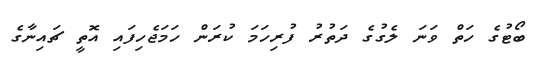
ބޯޓުގެ ހަތް ވަނަ ލެގުގެ ދަތުރު ފުރިހަމަ ކުރަން ހަމަޖެހިފައި އޮތީ ޗައިނާގެ